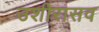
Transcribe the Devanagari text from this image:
उशीरासव